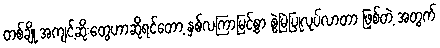
တစ်ချို့ အကျင့်ဆိုးတွေဟာဆိုရင်တော့ နှစ်လကြာမြင့်စွာ စွဲမြဲပြုလုပ်လာတာ ဖြစ်တဲ့ အတွက်